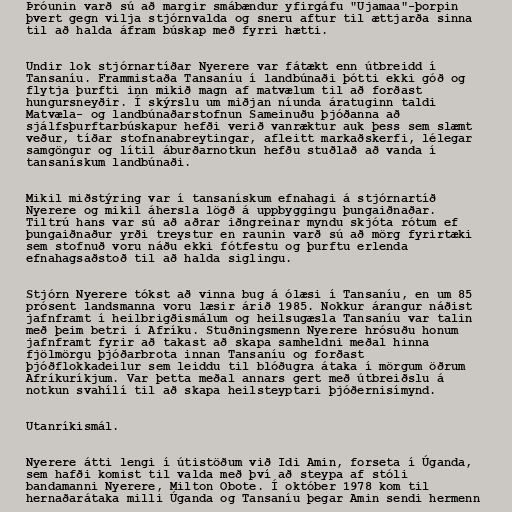
Þróunin varð sú að margir smábændur yfirgáfu "Ujamaa"-þorpin
þvert gegn vilja stjórnvalda og sneru aftur til ættjarða sinna
til að halda áfram búskap með fyrri hætti.

Undir lok stjórnartíðar Nyerere var fátækt enn útbreidd í
Tansaníu. Frammistaða Tansaníu í landbúnaði þótti ekki góð og
flytja þurfti inn mikið magn af matvælum til að forðast
hungursneyðir. Í skýrslu um miðjan níunda áratuginn taldi
Matvæla- og landbúnaðarstofnun Sameinuðu þjóðanna að
sjálfsþurftarbúskapur hefði verið vanræktur auk þess sem slæmt
veður, tíðar stofnanabreytingar, afleitt markaðskerfi, lélegar
samgöngur og lítil áburðarnotkun hefðu stuðlað að vanda í
tansanískum landbúnaði.

Mikil miðstýring var í tansanískum efnahagi á stjórnartíð
Nyerere og mikil áhersla lögð á uppbyggingu þungaiðnaðar.
Tiltrú hans var sú að aðrar iðngreinar myndu skjóta rótum ef
þungaiðnaður yrði treystur en raunin varð sú að mörg fyrirtæki
sem stofnuð voru náðu ekki fótfestu og þurftu erlenda
efnahagsaðstoð til að halda siglingu.

Stjórn Nyerere tókst að vinna bug á ólæsi í Tansaníu, en um 85
prósent landsmanna voru læsir árið 1985. Nokkur árangur náðist
jafnframt í heilbrigðismálum og heilsugæsla Tansaníu var talin
með þeim betri í Afríku. Stuðningsmenn Nyerere hrósuðu honum
jafnframt fyrir að takast að skapa samheldni meðal hinna
fjölmörgu þjóðarbrota innan Tansaníu og forðast
þjóðflokkadeilur sem leiddu til blóðugra átaka í mörgum öðrum
Afríkuríkjum. Var þetta meðal annars gert með útbreiðslu á
notkun svahílí til að skapa heilsteyptari þjóðernisímynd.

Utanríkismál.

Nyerere átti lengi í útistöðum við Idi Amin, forseta í Úganda,
sem hafði komist til valda með því að steypa af stóli
bandamanni Nyerere, Milton Obote. Í október 1978 kom til
hernaðarátaka milli Úganda og Tansaníu þegar Amin sendi hermenn